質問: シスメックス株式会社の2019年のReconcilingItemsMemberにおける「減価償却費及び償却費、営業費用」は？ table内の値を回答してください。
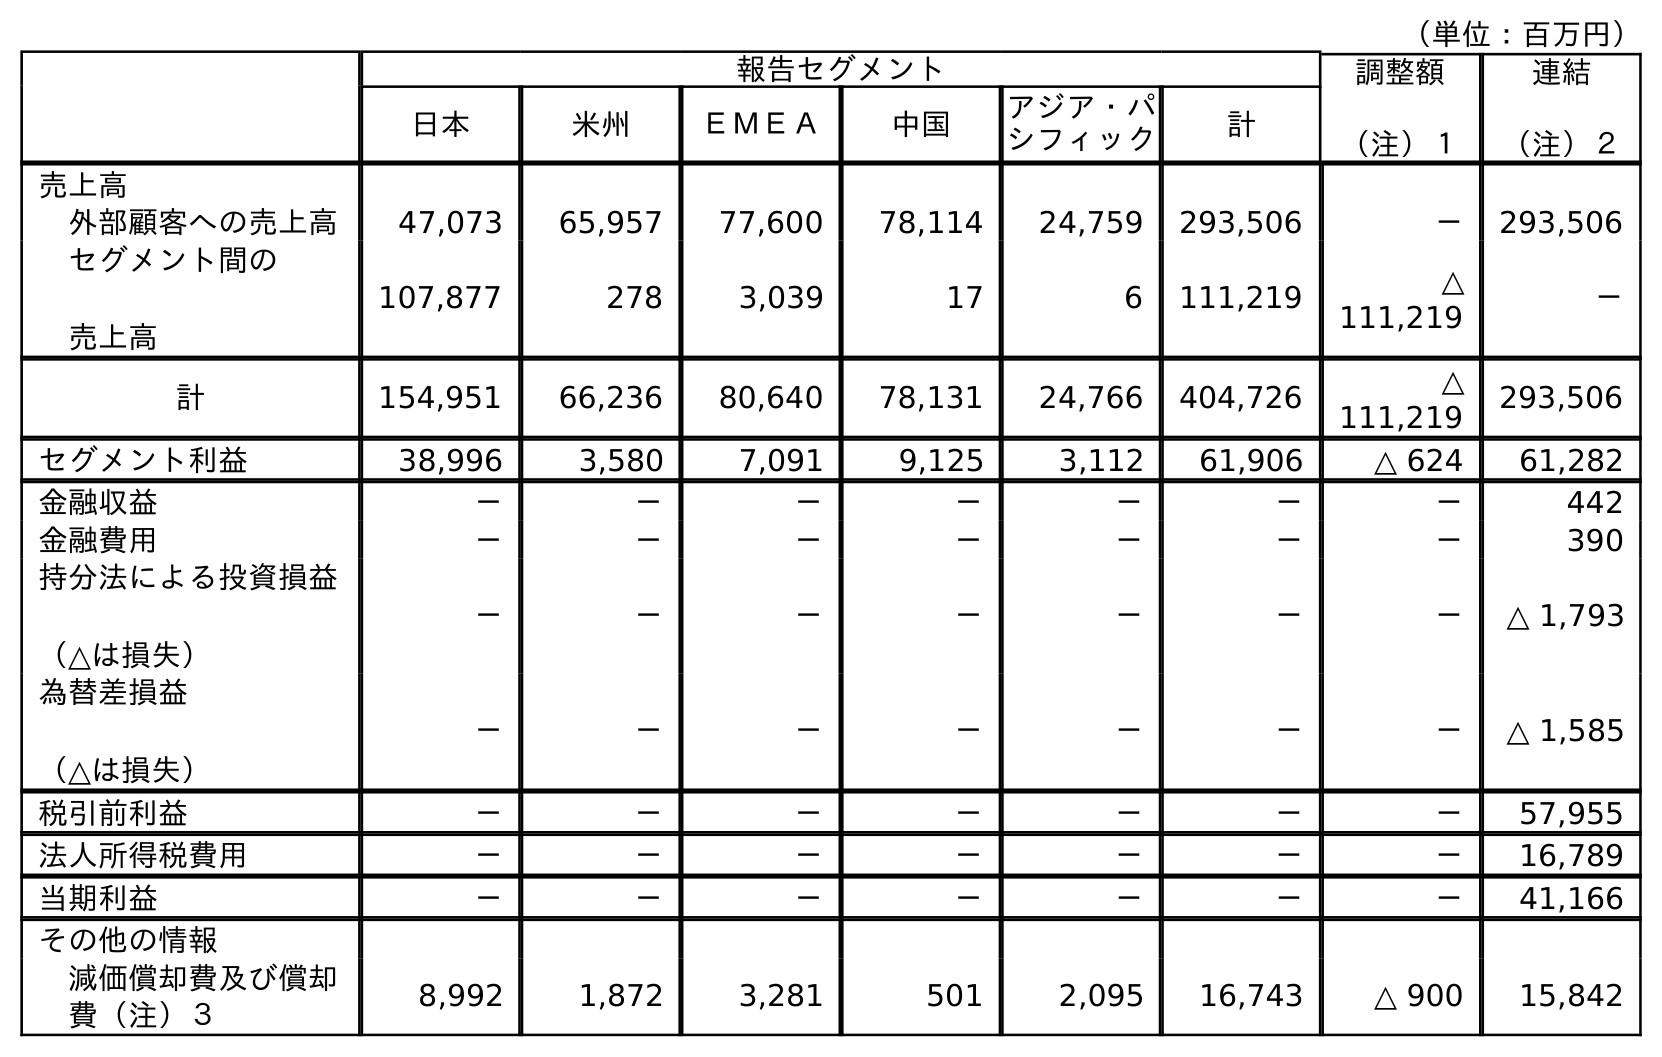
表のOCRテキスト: （単位：百万円） 報告セグメント 調整額 （注）１ 連結 （注）２ 日本 米州 ＥＭＥＡ 中国 アジア・パ シフィック 計 売上高 外部顧客への売上高 47,073 65,957 77,600 78,114 24,759 293,506 － 293,506 セグメント間の 売上高 107,877 278 3,039 17 6 111,219 △ 111,219 － 計 154,951 66,236 80,640 78,131 24,766 404,726 △ 111,219 293,506 セグメント利益 38,996 3,580 7,091 9,125 3,112 61,906 △ 624 61,282 金融収益 － － － － － － － 442 金融費用 － － － － － － － 390 持分法による投資損益 （△は損失） － － － － － － － △ 1,793 為替差損益 （△は損失） － － － － － － － △ 1,585 税引前利益 － － － － － － － 57,955 法人所得税費用 － － － － － － － 16,789 当期利益 － － － － － － － 41,166 その他の情報 減価償却費及び償却 費（注）３ 8,992 1,872 3,281 501 2,095 16,743 △ 900 15,842
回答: △900